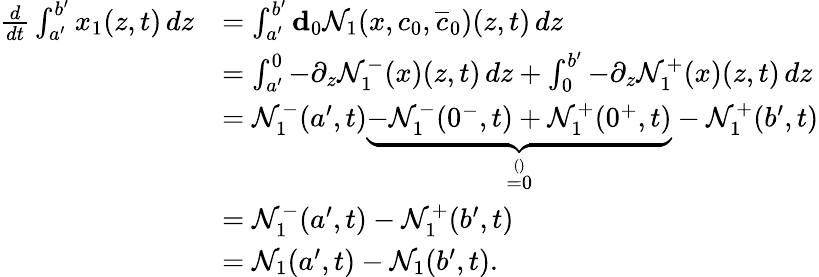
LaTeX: \begin{array}{rl}{\frac{d}{dt}\int_{a^{\prime}}^{b^{\prime}}x_{1}(z,t)\, dz}&{=\int_{a^{\prime}}^{b^{\prime}}\mathbf{d}_{0}\mathcal{N}_{1}(x,c_{0},\overline{{c}}_{0})(z,t)\, dz\, }\\ &{=\int_{a^{\prime}}^{0}-\partial_{z}\mathcal{N}_{1}^{-}(x)(z,t)\, dz+\int_{0}^{b^{\prime}}-\partial_{z}\mathcal{N}_{1}^{+}(x)(z,t)\, dz}\\ &{=\mathcal{N}_{1}^{-}(a^{\prime},t)\underbrace{-\mathcal{N}_{1}^{-}(0^{-},t)+\mathcal{N}_{1}^{+}(0^{+},t)}_{\stackrel{()}{=0}}-\mathcal{N}_{1}^{+}(b^{\prime},t)}\\ &{=\mathcal{N}_{1}^{-}(a^{\prime},t)-\mathcal{N}_{1}^{+}(b^{\prime},t)}\\ &{=\mathcal{N}_{1}(a^{\prime},t)-\mathcal{N}_{1}(b^{\prime},t).}\end{array}